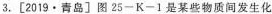
3.[2019·青岛]图25-K-1是某些物质间发生化